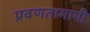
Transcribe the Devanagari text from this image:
प्रवणतामापी